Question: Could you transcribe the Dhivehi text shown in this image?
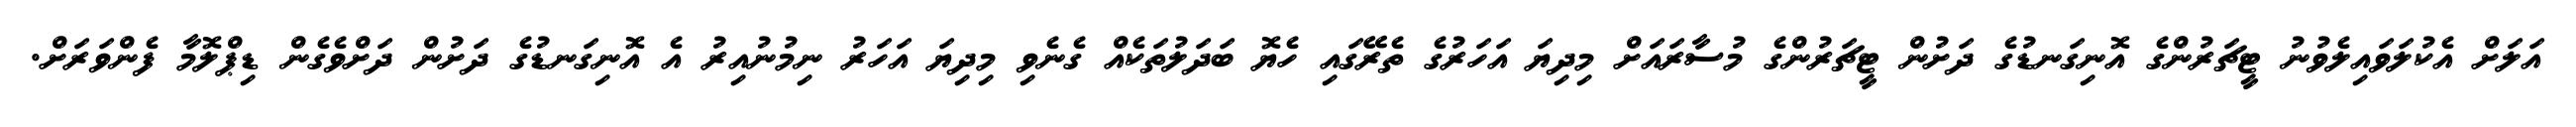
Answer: އަލަށް އެކުލަވައިލެވުނު ޓީޗަރުންގެ އޮނިގަނޑުގެ ދަށުން ޓީޗަރުންގެ މުސާރައަށް މިދިޔަ އަހަރުގެ ތެރޭގައި ހެޔޮ ބަދަލުތަކެއް ގެނެވި މިދިޔަ އަހަރު ނިމުނުއިރު އެ އޮނިގަނޑުގެ ދަށުން ދަށްވެގެން ޑިޕްލޮމާ ފެންވަރަށް.